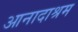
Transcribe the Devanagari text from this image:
आनादाश्रम